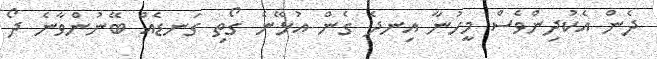
ދެން އެކުދިންވެސް މީހުނާ އިނދެ ގެން އުޅޭނެ ގޯތި ގަނޑެއް ބޭނުންވާނެ ދޯ